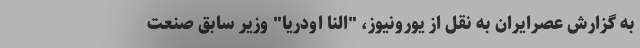
به گزارش عصرایران به نقل از یورونیوز، "النا اودریا" وزیر سابق صنعت